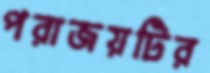
পরাজয়টির